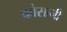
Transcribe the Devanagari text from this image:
कोसानी